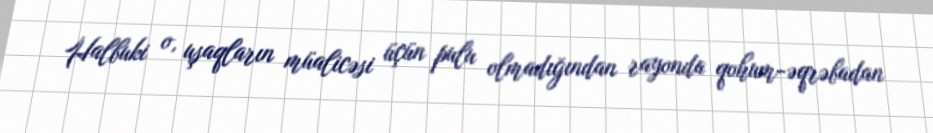
Halbuki o, uşaqların müalicəsi üçün pulu olmadığından rayonda qohum-əqrəbadan